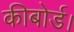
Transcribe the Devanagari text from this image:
कीबोर्ड।